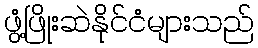
ဖွံ့ဖြိုးဆဲနိုင်ငံများသည်